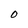
Character: O